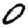
Digit: 0